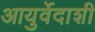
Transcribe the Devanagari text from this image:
आयुर्वेदाशी